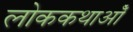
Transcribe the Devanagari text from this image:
लोककथाओँ